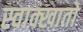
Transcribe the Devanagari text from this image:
स्वाक्खातो